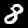
Digit: 8